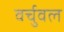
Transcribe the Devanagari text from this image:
वर्चुवल